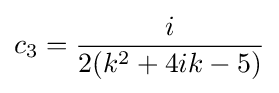
c_{3}={\frac {i}{2(k^{2}+4ik-5)}}